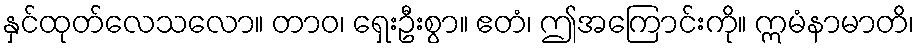
နှင်ထုတ်လေသလော။ တာဝ၊ ရှေးဦးစွာ။ ဧတံ၊ ဤအကြောင်းကို။ ဣမံနာမာတိ၊